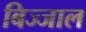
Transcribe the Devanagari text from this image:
बिज्जाल